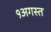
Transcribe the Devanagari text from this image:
१अगस्त